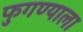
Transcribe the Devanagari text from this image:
फुगण्याला